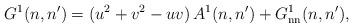
LaTeX: \begin{align*}G^1(n,n')=(u^2+v^2-uv)\,A^1(n,n') + G_{\mathrm{nn}}^1(n,n'),\end{align*}